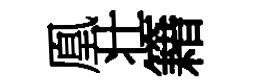
凰壮籍